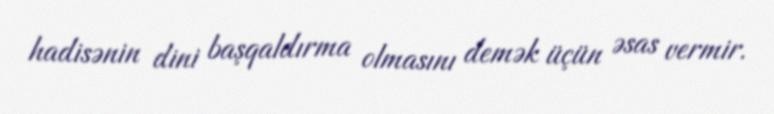
hadisənin dini başqaldırma olmasını demək üçün əsas vermir.